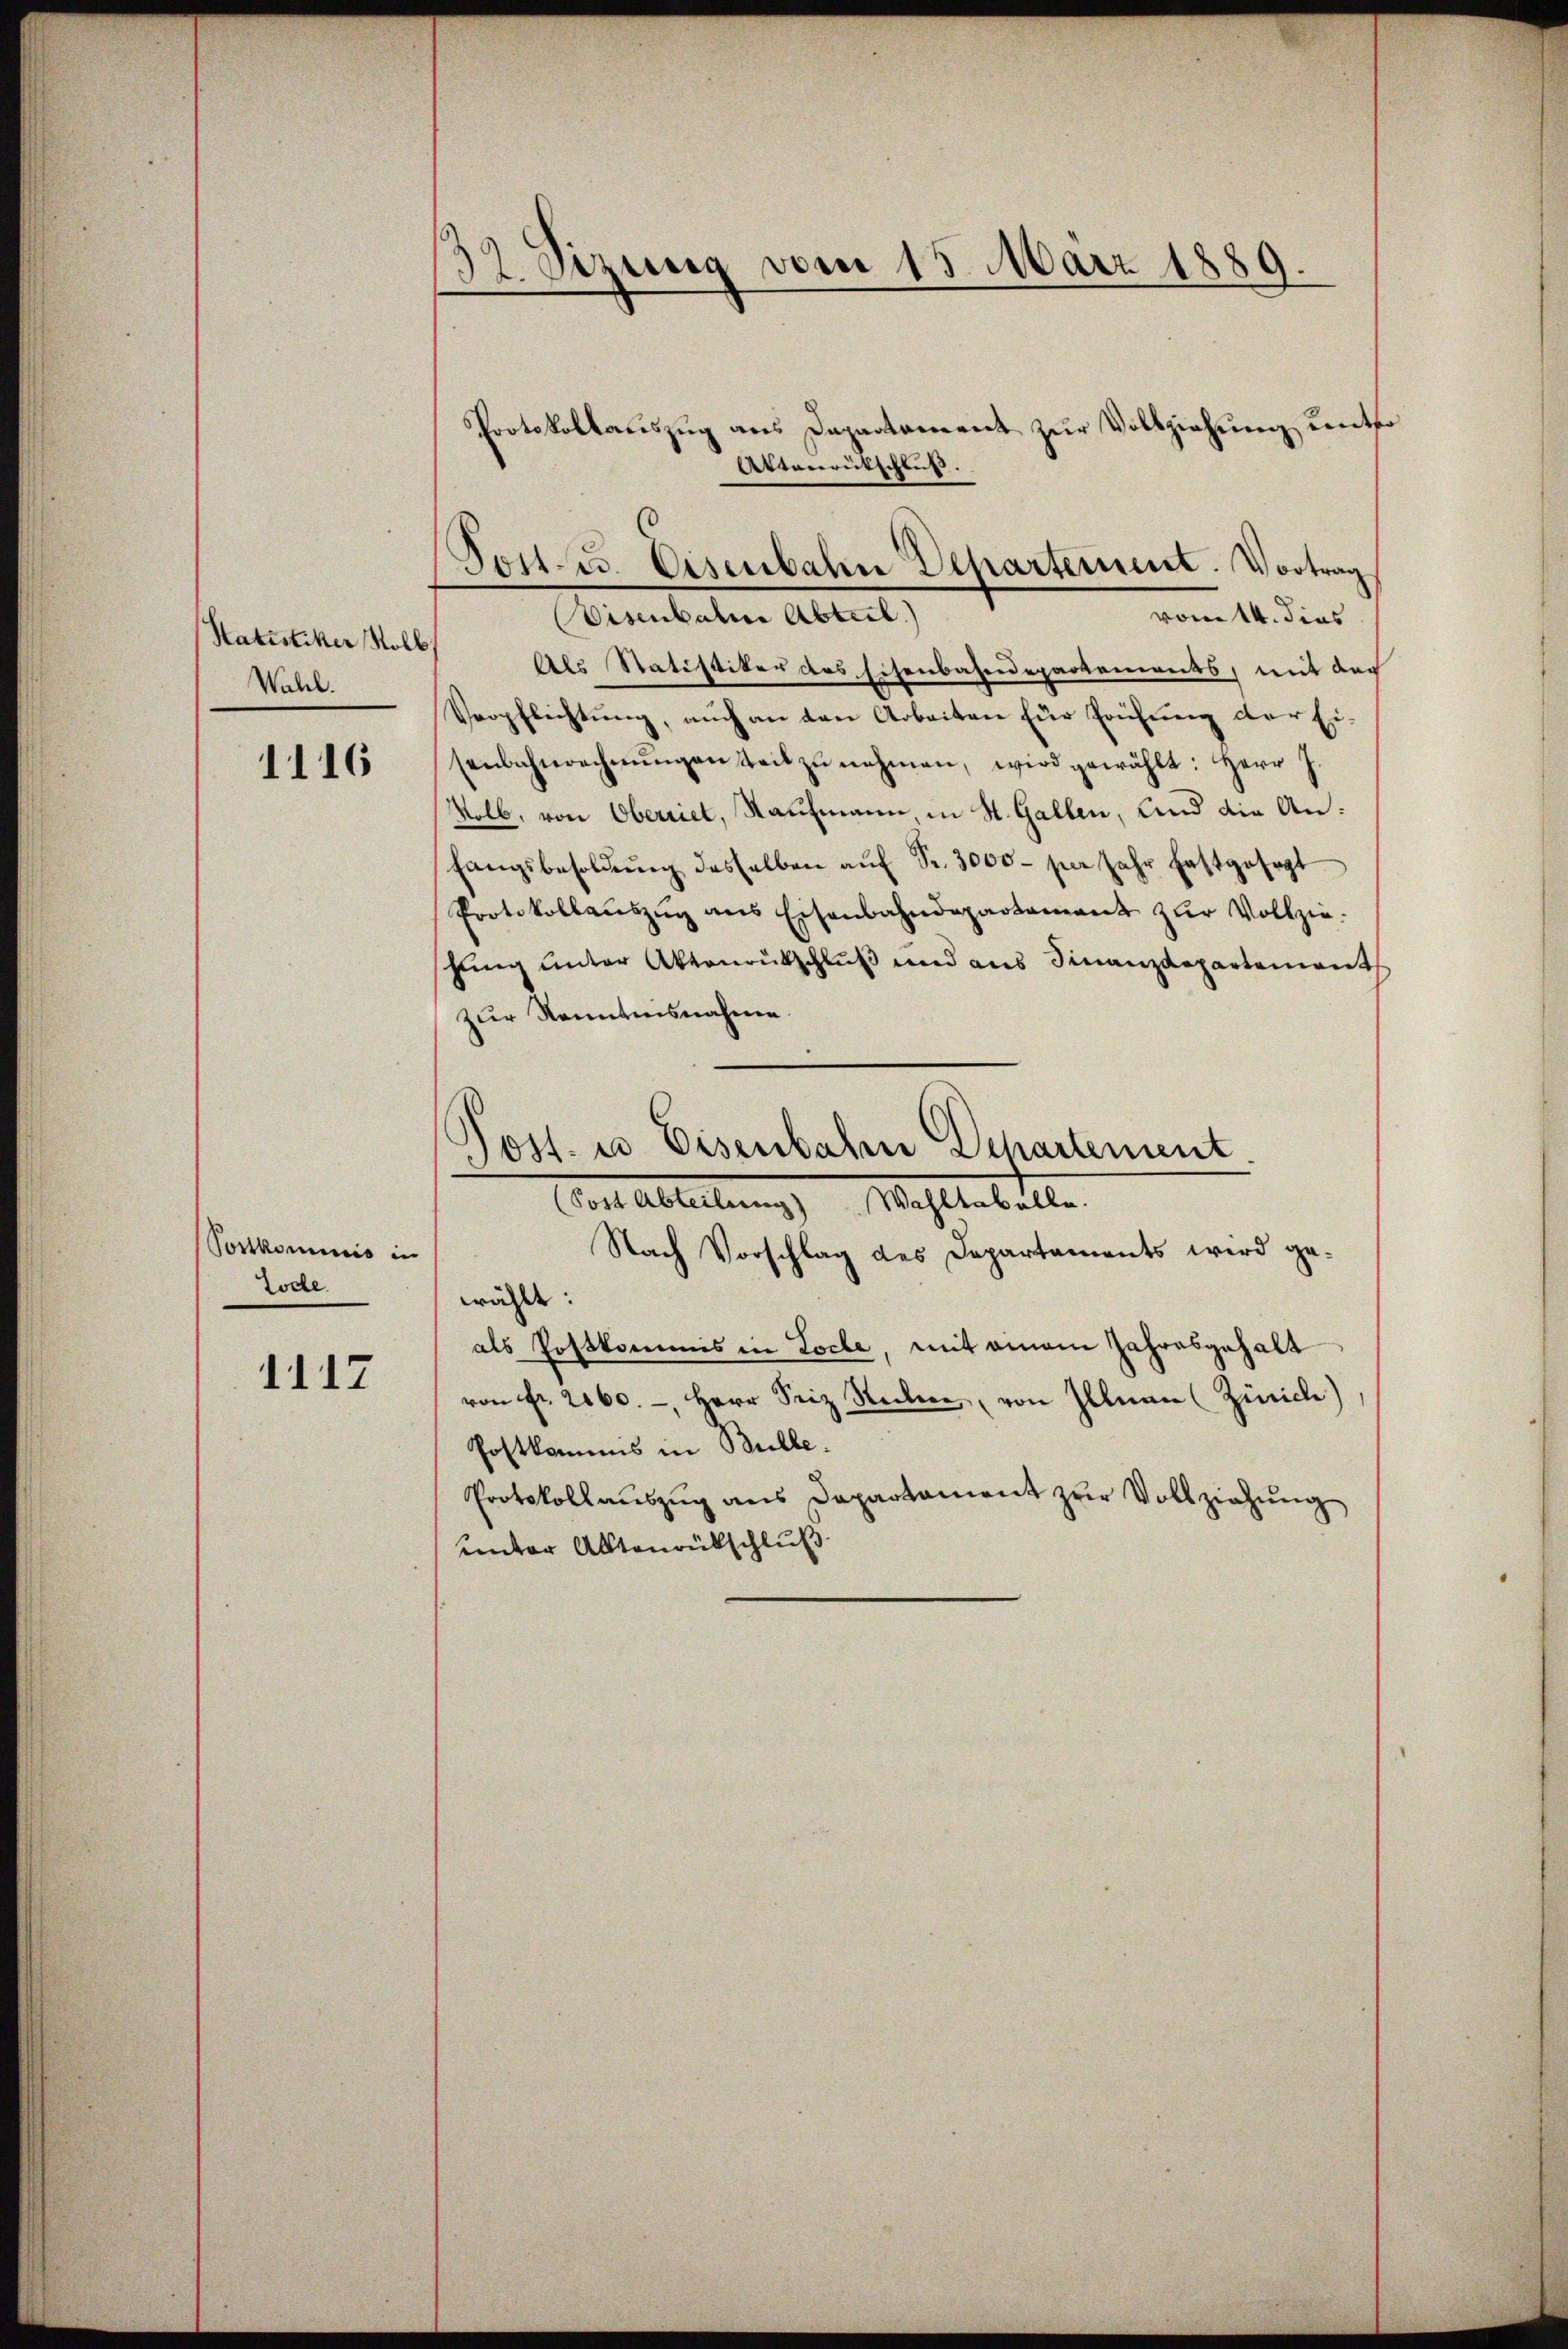
Statistiker Roll
Wahl.

1116

Postkommnis in
Tode

1112

32 Sizung vom 15. März 1889.

Protokollauszug aus Departement zur Vollziehung unter
Attneerutschluß.
Post. 25. Eisenbahn Departement. Vortrag
Visenbahne Abteil)

vom 14. dies
Als Statistiker des Eisenbahndepartements, mit dar
Verpflichtung, auch an den Arbeiten für Prüfung der Eisenbahnrechnŭngen teil zŭ nehmen, wird gewählt: Herr J.
Volb, von Oberriet, Kaufmann, in St. Gallen, und die Anfangsbesoldŭng desselben aŭf Fr. 3000 per Jahr festgesagt
Protokollaŭszŭg ans Eisenbahndepartament zur Vollzie-
schung unter Aktenrutschluß und aus Finanzdepartement
zur Kenntnisnahme.
Poff. u. Eisenbahre Departement
Post Abteilung) Wahltabelle.
Nach Vorschlag des Departaments wird ge-
wählte.
als Postkommis in Loche, mit einem Jahresgehalt
von Fr. 2060.-, Herr Seiz Secker, von Illnau (Zürich)
Postkommis in Bulle.
Protokoll aŭszŭg ans Departament zŭr Vollziehŭng
unter Alltanrückschluß